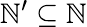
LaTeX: \mathbb{N}^{\prime}\subseteq\mathbb{N}